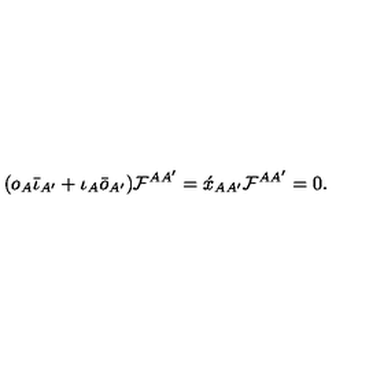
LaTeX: ( o _ { A } \bar { \iota } _ { A ^ { \prime } } + \iota _ { A } \bar { o } _ { A ^ { \prime } } ) { \cal F } ^ { A A ^ { \prime } } = \acute { x } _ { A A ^ { \prime } } { \cal F } ^ { A A ^ { \prime } } = 0 .